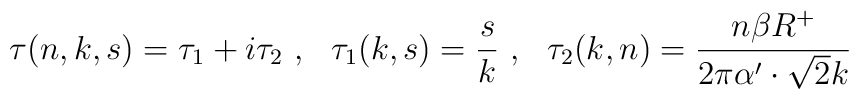
\tau(n,k,s)=\tau_1+i\tau_2~,~~\tau_1(k,s)=\frac{s}{k}~,~~\tau_2(k,n)= \frac{n\beta R^+}{2\pi\alpha'\cdot\sqrt{2}k}